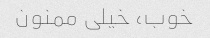
خوب، خیلی ممنون